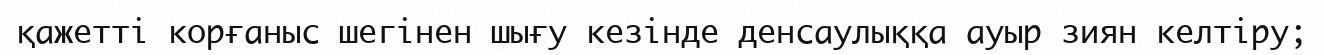
қажетті корғаныс шегінен шығу кезінде денсаулыққа ауыр зиян келтіру;